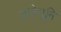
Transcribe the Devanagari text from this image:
तपोभूमि